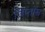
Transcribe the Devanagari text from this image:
ज़िप्तोस